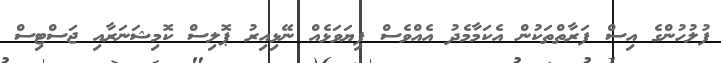
ފުލުހުންގެ އިސް ފަރާތްތަކުން އެކަމާމެދު އެއްވެސް ފިޔަވަޅެއް ނޭޅިއިރު ޕޮލިސް ކޮމިޝަނަރާއި ޖަސްޓިސް